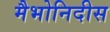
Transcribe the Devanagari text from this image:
मैभोनिदीस